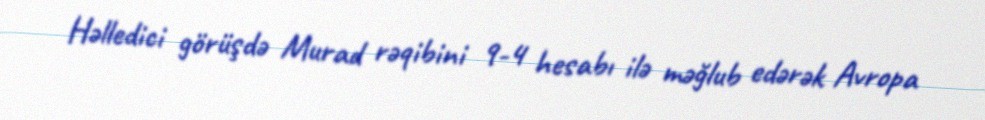
Həlledici görüşdə Murad rəqibini 9-4 hesabı ilə məğlub edərək Avropa